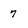
Character: 7